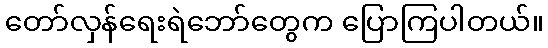
တော်လှန်ရေးရဲဘော်တွေက ပြောကြပါတယ်။